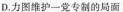
D.力图维护一党专制的局面